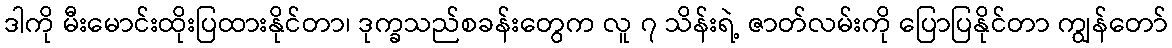
ဒါကို မီးမောင်းထိုးပြထားနိုင်တာ၊ ဒုက္ခသည်စခန်းတွေက လူ ၇ သိန်းရဲ့ ဇာတ်လမ်းကို ပြောပြနိုင်တာ ကျွန်တော်